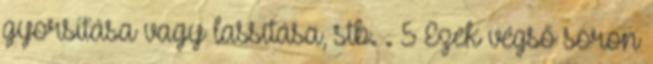
gyorsítása vagy lassítása, stb. . 5 Ezek végső soron